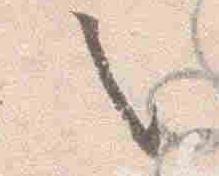
之